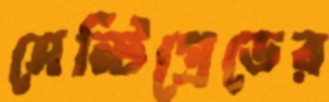
সেন্টিগ্রেডের